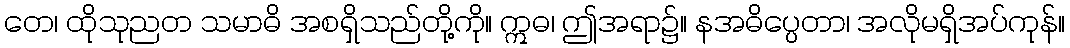
တေ၊ ထိုသုညတ သမာဓိ အစရှိသည်တို့ကို။ ဣဓ၊ ဤအရာ၌။ နအဓိပ္ပေတာ၊ အလိုမရှိအပ်ကုန်။